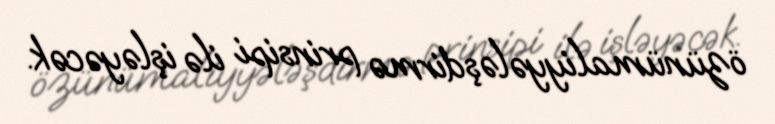
özünümaliyyələşdirmə prinsipi ilə işləyəcək.